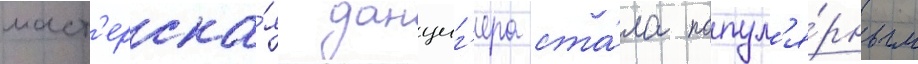
маст'ерска́я данциг'ера ста́ла попул'я́рным